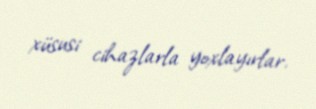
xüsusi cihazlarla yoxlayırlar.